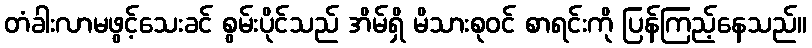
တံခါးလာမဖွင့်သေးခင် စွမ်းပိုင်သည် အိမ်ရှိ မိသားစုဝင် စာရင်းကို ပြန်ကြည့်နေသည်။